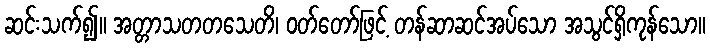
ဆင်းသက်၍။ အတ္တာသတတသေတိ၊ ဝတ်တော်ဖြင့် တန်ဆာဆင်အပ်သော အသွင်ရှိကုန်သော။